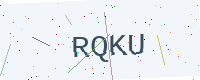
Text: RQKU